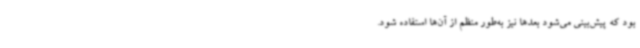
بود که پیش‌بینی می‌شود بعدها نیز به‌طور منظم از آن‌ها استفاده شود.